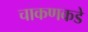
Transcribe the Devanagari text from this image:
चाकणकडे